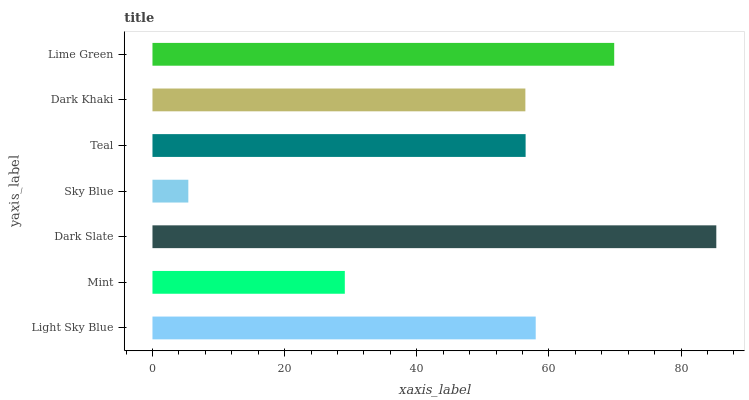
| yaxis_label | bars |
 | --- | --- |
 | Light Sky Blue | 58 |
 | Mint | 29.1 |
 | Dark Slate | 85.3 |
 | Sky Blue | 5.43 |
 | Teal | 56.5 |
 | Dark Khaki | 56.4 |
 | Lime Green | 69.9 |